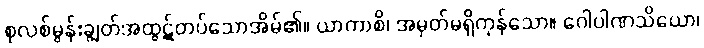
စုလစ်မွန်းချွတ်အထွဋ်တပ်သောအိမ်၏။ ယာကာစိ၊ အမှတ်မရှိကုန်သော။ ဂေါပါဏသိယော၊